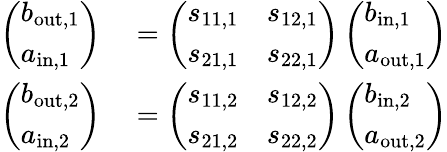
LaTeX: \begin{array}{rl}{\left(\begin{array}{l}{b_{\mathrm{out,1}}}\\ {a_{\mathrm{in,1}}}\end{array}\right)}&{{}=\left(\begin{array}{ll}{s_{11,1}}&{s_{12,1}}\\ {s_{21,1}}&{s_{22,1}}\end{array}\right)\left(\begin{array}{l}{b_{\mathrm{in,1}}}\\ {a_{\mathrm{out,1}}}\end{array}\right)}\\ {\left(\begin{array}{l}{b_{\mathrm{out,2}}}\\ {a_{\mathrm{in,2}}}\end{array}\right)}&{{}=\left(\begin{array}{ll}{s_{11,2}}&{s_{12,2}}\\ {s_{21,2}}&{s_{22,2}}\end{array}\right)\left(\begin{array}{l}{b_{\mathrm{in,2}}}\\ {a_{\mathrm{out,2}}}\end{array}\right)}\end{array}